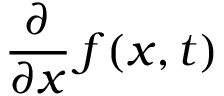
{ \frac { \partial } { \partial x } } \, f ( x , t )